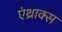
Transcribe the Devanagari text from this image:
एंथ्राक्स